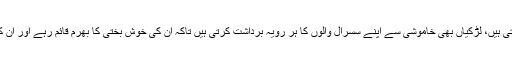
گلی محلے کی عورتیں اس لڑکی کی قسمت پر رشک کرتی ہیں، لڑکیاں بھی خاموشی سے اپنے سسرال والوں کا ہر رویہ برداشت کرتی ہیں تاکہ ان کی خوش بختی کا بھرم قائم رہے اور ان کے خاندان کے مردوں کا سر ہمیشہ فخر سے اونچا رہے۔